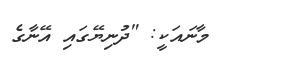
މާނައަކީ: "ދުނިޔޭގައި އޭނާގެ